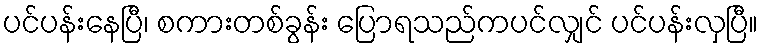
ပင်ပန်းနေပြီ၊ စကားတစ်ခွန်း ပြောရသည်ကပင်လျှင် ပင်ပန်းလှပြီ။